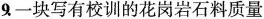
9一块写有校训的花岗岩石料质量